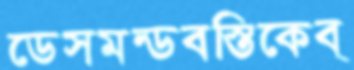
ডেসমন্ডবস্তিকেব্